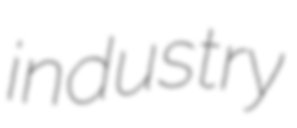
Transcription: industry